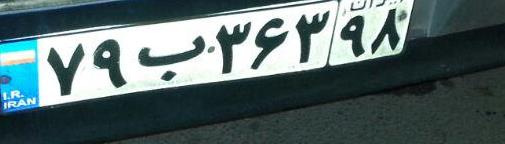
۷۹ب۳۶۳۹۸